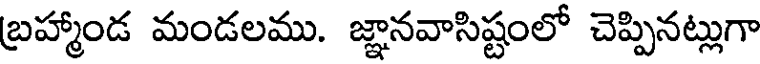
బ్రహ్మాండ మండలము. జ్ఞానవాసిష్టంలో చెప్పినట్లుగా